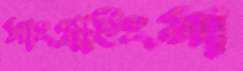
সাংগ্রাইংমা